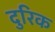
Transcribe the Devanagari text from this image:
दुरिक